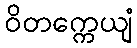
ဝိတက္ကေယျံ